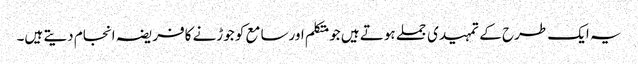
یہ ایک طرح کے تمہیدی جملے ہوتے ہیں جومتکلم اورسامع کو جوڑنے کافریضہ انجام دیتے ہیں۔